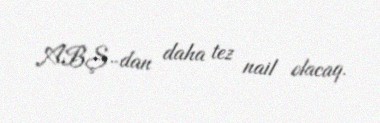
ABŞ-dan daha tez nail olacaq.